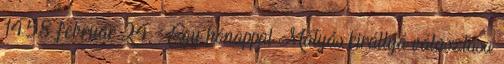
1458. február 24. – Egy hónappal Mátyás királlyá választása